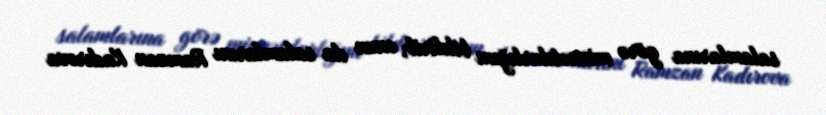
salamlarına görə minnətdarlığını bildirib, onun da salamlarını Ramzan Kadırova